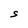
Character: S